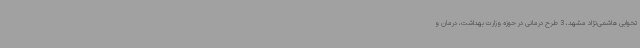
تخوابی هاشمی‌نژاد مشهد، 3 طرح درمانی در حوزه وزارت بهداشت، درمان و